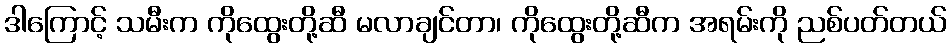
ဒါကြောင့် သမီးက ကိုထွေးတို့ဆီ မလာချင်တာ၊ ကိုထွေးတို့ဆီက အရမ်းကို ညစ်ပတ်တယ်